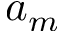
a _ { m }